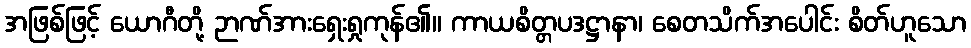
အဖြစ်ဖြင့် ယောဂီတို့ ဉာဏ်အားရှေးရှုကုန်၏။ ကာယစိတ္တပဒဋ္ဌာနာ၊ စေတသိက်အပေါင်း စိတ်ဟူသော